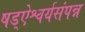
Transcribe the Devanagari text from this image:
षड्ऐश्वर्यसंपन्न